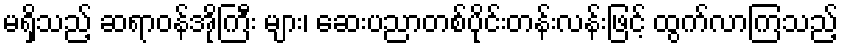
မရှိသည့် ဆရာဝန်အိုကြီး များ၊ ဆေးပညာတစ်ပိုင်းတန်းလန်းဖြင့် ထွက်လာကြသည့်